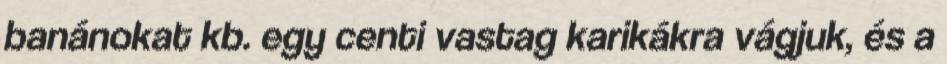
banánokat kb. egy centi vastag karikákra vágjuk, és a